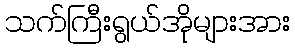
သက်ကြီးရွယ်အိုများအား